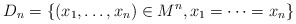
\begin{align*}D_n=\{(x_1,\dots,x_n)\in M^n, x_1=\dots=x_n\}\end{align*}